Annual administration and progress report of the Indian Medical Department, Bombay
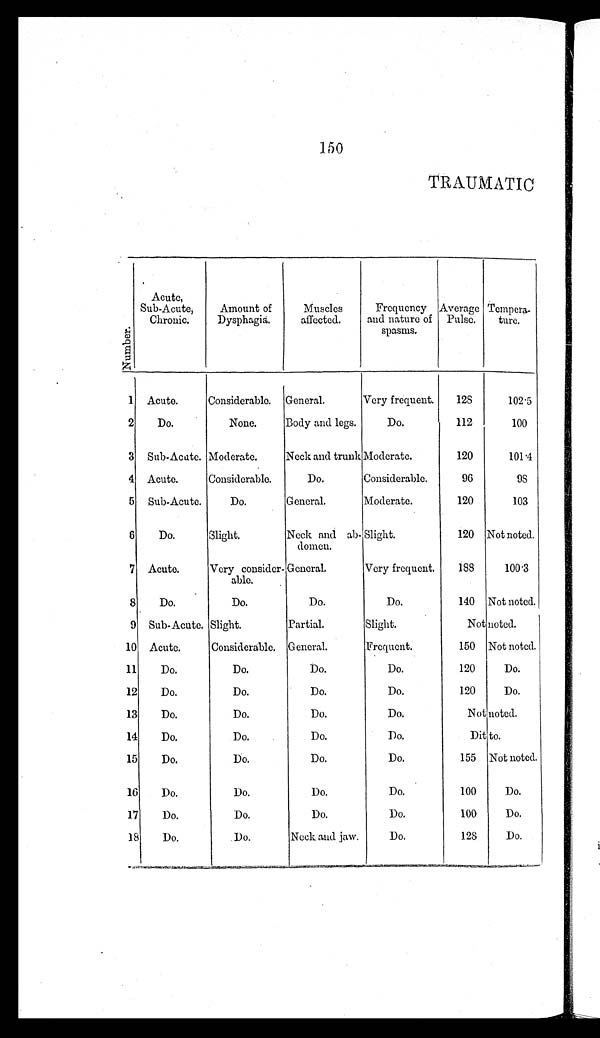
TRAUMATIC
N u m b e r .
Acute,
Sub-Acute,
Chronic.
Amount of
Dysphagia.
Muscles
affected.
Frequency
and nature of
spasms.
Average
Pulse.
Tempera
-
t ure.
1 Acute.
Considerable. General.
Very frequent.
128
102.5
2
Do.
None.
Body and legs.
Do.
112
100
3 Sub-Acute. Moderate.
Neck and trunk Moderate.
120
101.4
4 Acute.
Considerable.
Do.
Considerable.
96
98
5 Sub-Acute.
Do.
General.
Moderate.
120
103
6
Do.
Slight.
Neck and ab-
domen.
Slight.
120 Not noted.
7 Acute.
Very consider-
able.
General.
Very frequent.
188
100.3
8
Do.
Do.
Do.
Do.
140 Not noted.
9 Sub-Acute. Slight.
Partial.
Slight.
Not noted.
10 Acute.
Considerable. General.
Frequent.
150 Not noted.
11
Do.
Do.
Do.
Do.
120
Do.
12
Do.
Do.
Do.
Do.
120
Do.
13
Do.
Do.
Do.
Do.
Not noted.
14
Do.
Do.
Do.
Do.
D i t
to.
15
Do.
Do.
Do.
Do.
155 Not noted.
16
Do.
Do.
Do.
Do.
100
Do.
17
Do.
Do.
Do.
Do.
100
Do.
18
D o .
Do.
Neck and jaw.
Do.
128
Do.